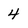
Character: 4